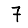
Digit: 7